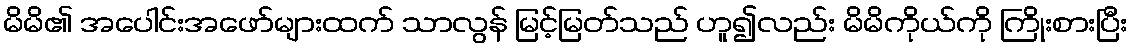
မိမိ၏ အပေါင်းအဖော်များထက် သာလွန် မြင့်မြတ်သည် ဟူ၍လည်း မိမိကိုယ်ကို ကြိုးစားပြီး